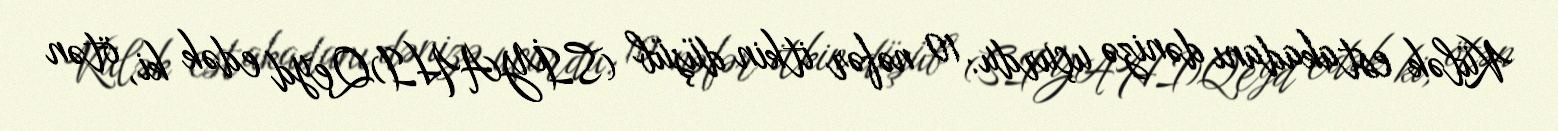
Külək estakadanı dənizə uçurdu: 10 nəfər itkin düşüb (SİYAHI)Qeyd edək ki, ötən